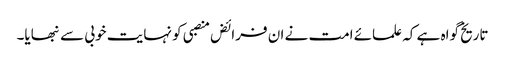
تاریخ گواہ ہے کہ علمائے امت نے ان فرائض منصبی کو نہایت خوبی سے نبھایا۔